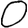
Digit: 0